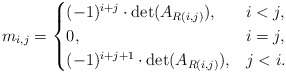
\begin{align*} m_{i,j} = \begin{cases}(-1)^{i+j} \cdot \det ( A_{R(i,j)} ), & i < j,\\0, & i = j, \\(-1)^{i+j+1} \cdot \det ( A_{R(i,j)} ), & j < i.\end{cases}\end{align*}